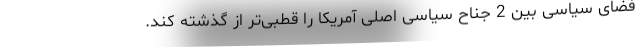
فضای سیاسی بین 2 جناح سیاسی اصلی آمریکا را قطبی‌تر از گذشته کند.